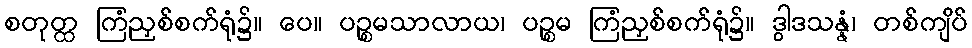
စတုတ္ထ ကြံညှစ်စက်ရုံ၌။ ပေ။ ပဉ္စမသာလာယ၊ ပဉ္စမ ကြံညှစ်စက်ရုံ၌။ ဒွါဒသန္နံ၊ တစ်ကျိပ်